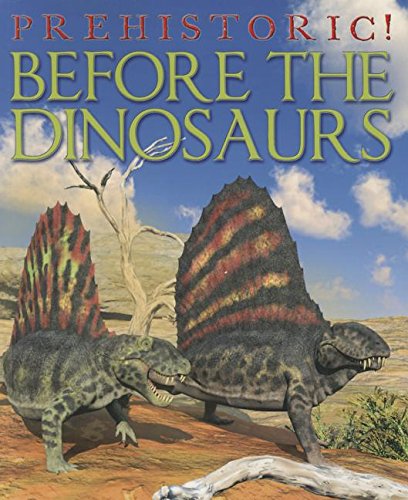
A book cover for Before the Dinosaurs (Prehistoric!); David West; Children's Books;